Vital statistics of India. Vol. V, Reports of 1876 on armies & jails and on epidemic cholera
Year: 1876
Disease focus: Cholera
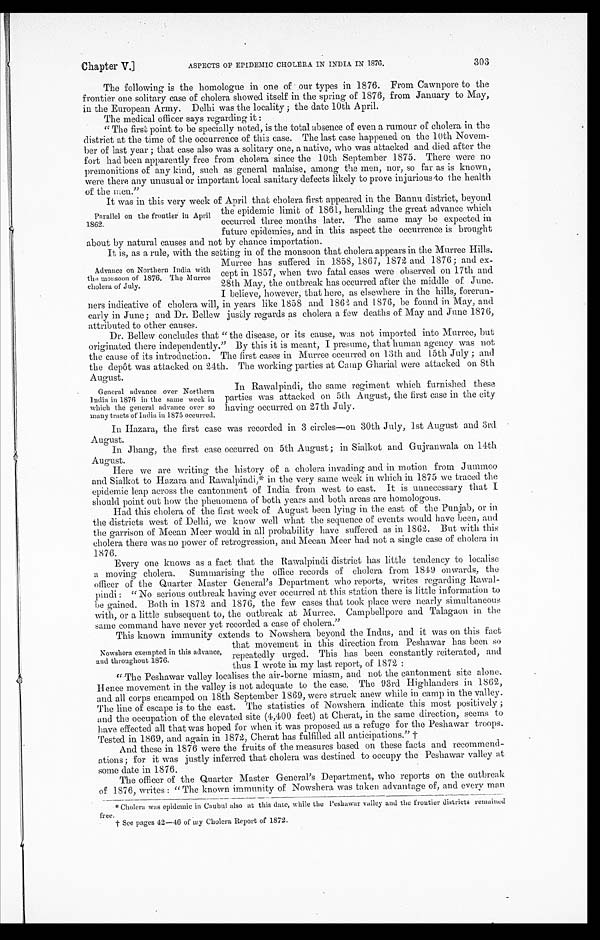
Chapter V.]
ASPECTS OF EPIDEMIC CHOLERA IN INDIA IN 1876.
303
The following is the homologue in one of our types in 1876. From Cawnpore to the
frontier one solitary case of cholera showed itself in the spring of 1876, from January to May,
in the European Army. Delhi was the locality; the date 10th April.
The medical officer says regarding it:
"The first point to be specially noted, is the total absence of even a rumour of cholera in the
district at the time of the occurrence of this case. The last case happened on the 10th Novem
-ber of last year; that case also was a solitary one, a native, who was attacked and died after the
fort had been apparently free from cholera since the 10th September 1875. There were no
premonitions of any kind, such as general malaise, among the men, nor, so far as is known,
were there any unusual or important local sanitary defects likely to prove injurious to the health
of the men."
It was in this very week of April that cholera first appeared in the Bannu district, beyond
the epidemic limit of 1861, heralding the great advance which
occurred three months later. The same may be expected in
future epidemics, and in this aspect the occurrence is brought
about by natural causes and not by chance importation.
It is, as a rule, with the setting in of the monsoon that cholera appears in the Murree Hills.
Murree has suffered in 1858, 1867, 1872 and 1876; and ex
-cept in 1857, when two fatal cases were observed on 17th and
28th May, the outbreak has occurred after the middle of June.
I believe, however, that here, as elsewhere in the hills, forerun
- n e r s i n d i c a t i v e o f c h o l e r a w i l l , i n y e a r s l i k e 1 8 5 8 a n d 1 8 6 2 a n d 1 8 7 6 , b e f o u n d i n M a y , a n d
early in June; and Dr. Bellew justly regards as cholera a few deaths of May and June 1876,
attributed to other causes.
Dr. Bellew concludes that "the disease, or its cause, was not imported into Murree, but
originated there independently." By this it is meant, I presume, that human agency was not
the cause of its introduction. The first cases in Murree occurred on 13th and 15th July; and
the depôt was attacked on 24th. The working parties at Camp Gharial were attacked on 8th
August.
In Rawalpindi, the same regiment which furnished these
parties was attacked on 5th August, the first case in the city
having occurred on 27th July.
In Hazara, the first case was recorded in 3 circles—on 30th July, 1st August and 3rd
August.
In Jhang, the first case occurred on 5th August; in Sialkot and Gujranwala on 14th
August.
Here we are writing the history of a cholera invading and in motion from Jummoo
and Sialkot to Hazara and Rawalpindi,* in the very same week in which in 1875 we traced the
epidemic leap across the cantonment of India from west to east. It is unnecessary that I
should point out how the phenomena of both years and both areas are homologous.
Had this cholera of the first week of August been lying in the east of the Punjab, or in
the districts west of Delhi, we know well what the sequence of events would have been, and
the garrison of Meean Meer would in all probability have suffered as in 1862. But with this
cholera there was no power of retrogression, and Meean Meer had not a single case of cholera in
1876.
Every one knows as a fact that the Rawalpindi district has little tendency to localise
a moving cholera. Summarising the office records of cholera from 1849 onwards, the
officer of the Quarter Master General's Department who reports, writes regarding Rawal
- p i n d i : " N o s e r i o u s o u t b r e a k h a v i n g e v e r o c c u r r e d a t t h i s s t a t i o n t h e r e i s l i t t l e i n f o r m a t i o n t o
be gained. Both in 1872 and 1876, the few cases that took place were nearly simultaneous
with, or a little subsequent to, the outbreak at Murree. Campbellpore and Talagaon in the
same command have never yet recorded a case of cholera."
This known immunity extends to Nowshera beyond the Indus, and it was on this fact
that movement in this direction from Peshawar has been so
repeatedly urged. This has been constantly reiterated, and
thus I wrote in my last report, of 1872:
"The Peshawar valley localises the air-borne miasm, and not the cantonment site alone.
Hence movement in the valley is not adequate to the case. The 93rd Highlanders in 1862,
and all corps encamped on 18th September 1869, were struck anew while in camp in the valley.
The line of escape is to the east. The statistics of Nowshera indicate this most positively;
and the occupation of the elevated site (4,400 feet) at Cherat, in the same direction, seems to
have effected all that was hoped for when it was proposed as a refuge for the Peshawar troops.
Tested in 1869, and again in 1872, Cherat has fulfilled all anticipations."†
And these in 1876 were the fruits of the measures based on these facts and recommend
- a t i o n s ; f o r i t w a s j u s t l y i n f e r r e d t h a t c h o l e r a w a s d e s t i n e d t o o c c u p y t h e P e s h a w a r v a l l e y a t
some date in 1876.
The officer of the Quarter Master General's Department, who reports on the outbreak
of 1876, writes: "The known immunity of Nowshera was taken advantage of, and every man
*Cholera was epidemic in Caubul also at this date, while the Peshawar valley and the frontier districts remained
free.
†See pages 42-46 of my Cholera Report of 1872.
Parallel on the frontier in April
1862.
Advance on Northern India with
the monsoon of 1876. The Murree
cholera of July.
General advance over Northern
India in 1876 in the same week in
which the general advance over so
many tracts of India in 1875 occurred.
Nowshera exempted in this advance,
and throughout 1876.